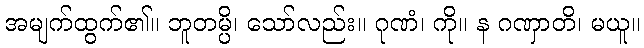
အမျက်ထွက်၏။ ဘူတမ္ပိ၊ သော်လည်း။ ဂုဏံ၊ ကို။ န ဂဏှာတိ၊ မယူ။